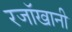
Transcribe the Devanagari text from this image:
रजॉखानी